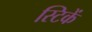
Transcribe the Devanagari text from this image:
स्टिकें